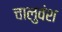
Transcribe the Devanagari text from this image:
चालुवंश